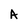
Character: A